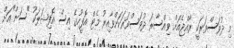
މި ދުވަސްވަރަކީ ރާއްޖެއަށް ވިއްސާރަ ދުވަސްވަރަކަށްވާއިރު މެޓް އޮފީހުގެ އިސް އޮފިޝަލަކު "ސަން"އަށް